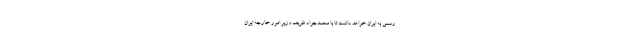
رسمی به ایران خواهد داشت تا با محمدجواد ظریف وزیر امور خارجه ایران